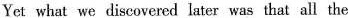
Yet what we discovered later was that all the